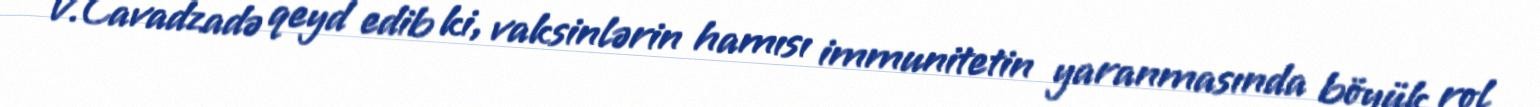
V.Cavadzadə qeyd edib ki, vaksinlərin hamısı immunitetin yaranmasında böyük rol